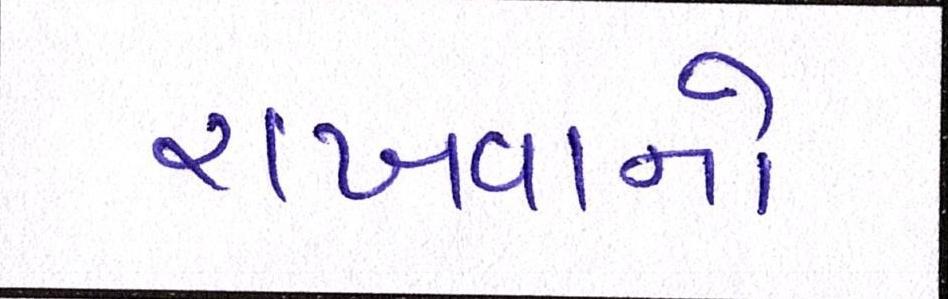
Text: રાખવાનો